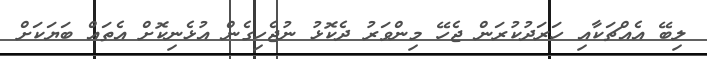
ލިބޭ އެއްޗަކާއި ހަރަދުކުރަން ޖެހޭ މިންވަރު ދެކޮޅު ނުޖެހިގެން އުޅެނިކޮށް އެތައް ބަޔަކަށް